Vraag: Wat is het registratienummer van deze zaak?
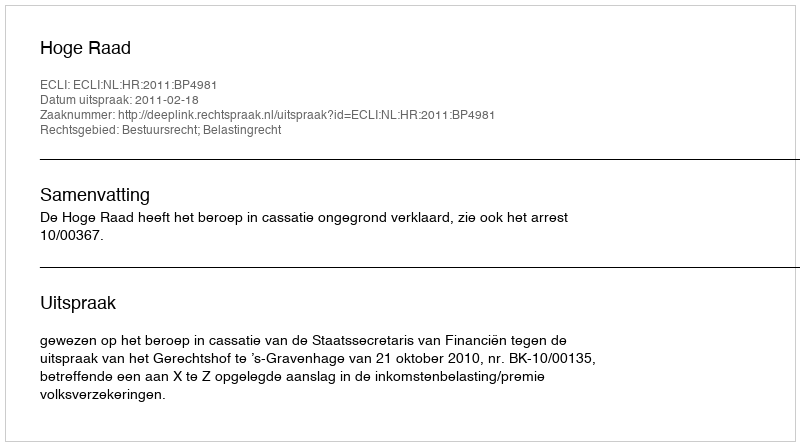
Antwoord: http://deeplink.rechtspraak.nl/uitspraak?id=ECLI:NL:HR:2011:BP4981